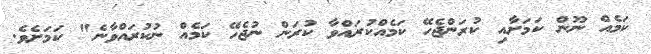
ކަމެއް ނޫން ކަމަށާއި ކުރަންޖެހޭ ކަމެއްކުރައްވާ ކުރަން ނުޖެހޭ ކަމެއް ނުކުރައްވާނެ" ކަމަށެވެ.